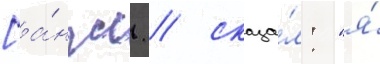
[а́нгл. / сказа́л: "я́